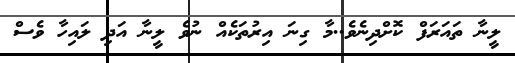
ލީނާ ތައަރަފް ކޮށްދިނެވެ..މާ ގިނަ އިރުތަކެއް ނުވެ ލީނާ އަދި ލައިހާ ވެސް